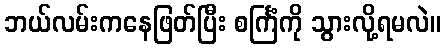
ဘယ်လမ်းကနေဖြတ်ပြီး စင်္ကြံကို သွားလို့ရမလဲ။